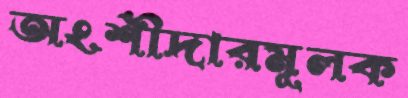
অংশীদারমূলক